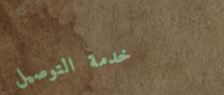
خدمة التوصيل